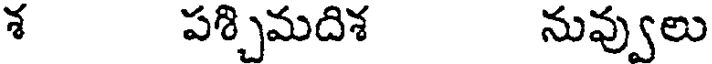
శ పశ్చిమదిశ నువ్వులు